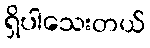
ရှိပါသေးတယ်